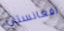
افغانستان